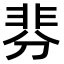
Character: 𩇴